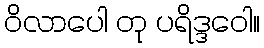
ဝိလာပေါ တု ပရိဒ္ဒဝေါ။